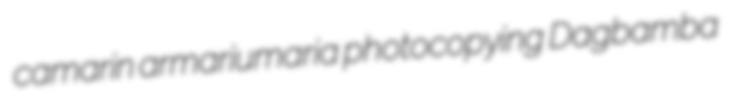
camarin armariumaria photocopying Dagbamba